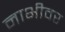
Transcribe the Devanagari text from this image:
नाभीवर